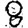
Digit: 8